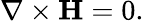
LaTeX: \nabla\times\mathbf{H}=0.